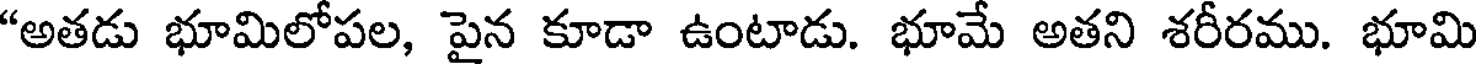
"అతడు భూమిలోపల, పైన కూడా ఉంటాడు. భూమే అతని శరీరము. భూమి